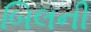
બિલની